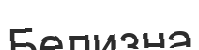
Белизна